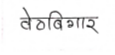
मजकूर: वेठबिगार